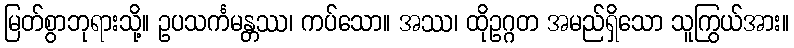
မြတ်စွာဘုရားသို့။ ဥပသင်္ကမန္တဿ၊ ကပ်သော။ အဿ၊ ထိုဥဂ္ဂတ အမည်ရှိသော သူကြွယ်အား။